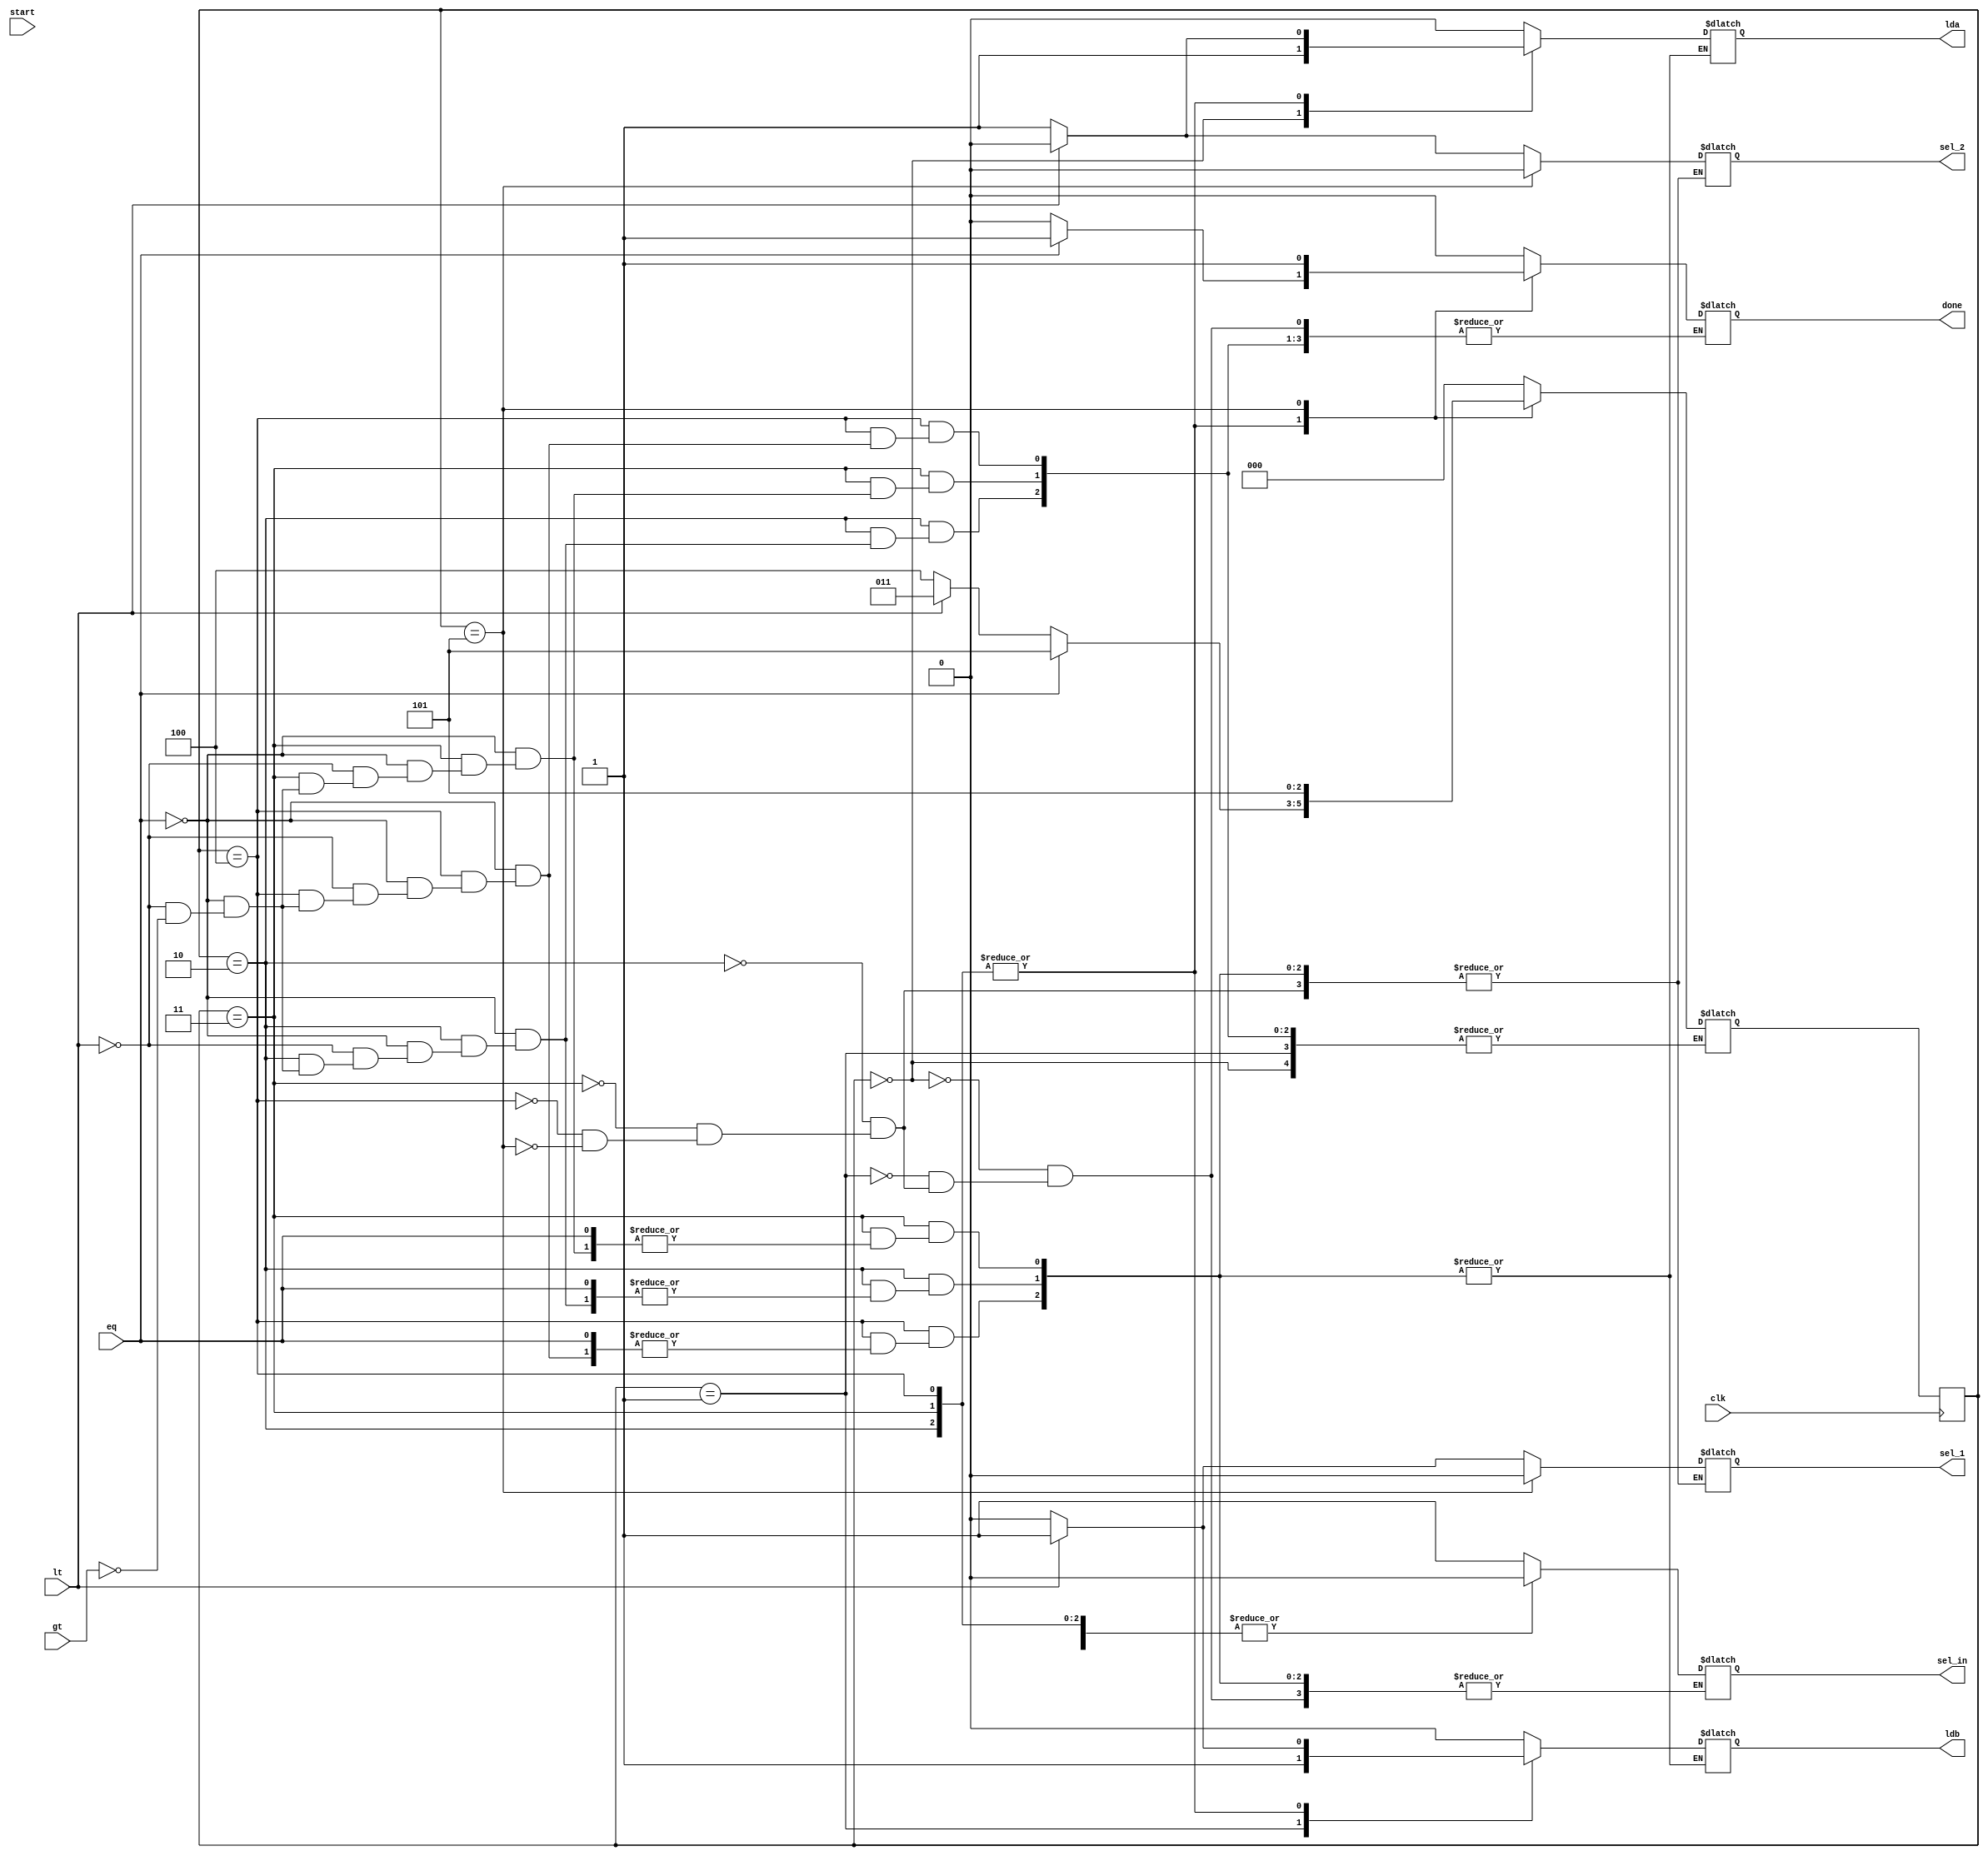
`timescale 10ns/1ns
module controller (lda, ldb, sel_1,sel_2, sel_in, done, clk, gt, lt, eq, start);

input clk, gt, lt, eq, start;
output reg lda, ldb, sel_1, sel_2, sel_in, done;
reg [2:0] state, next_state;
parameter S0 = 3'b000, S1 = 3'b001, S2 = 3'b010, S3 = 3'b011, S4 = 3'b100, S5 = 3'b101;

always @(posedge clk)
begin
  state <= next_state ;
end
always @(state)
begin 
case (state)
S0 : begin sel_in = 1; lda = 1; ldb = 0; done = 0; end

S1 : begin sel_in = 1; lda = 0; ldb = 1; done = 0; end

S2 : if (eq) begin done = 1; next_state = S5 ; end
     else if (lt) begin sel_1 = 1; sel_2 = 0; sel_in = 0; done = 0; next_state = S3 ; 
     #1 lda = 0; ldb = 1; end 
     else if (gt) begin sel_1 = 0; sel_2 = 1; sel_in = 0; done = 0; next_state = S4 ;
        #1 lda = 1; ldb = 0; end
        
S3 : if (eq) begin done = 1; next_state = S5 ; end
     else if (lt) begin sel_1 = 1; sel_2 = 0; sel_in = 0; done = 0; next_state = S3 ; 
     #1 lda = 0; ldb = 1; end 
     else if (gt) begin sel_1 = 0; sel_2 = 1; sel_in = 0; done = 0; next_state = S4 ;
        #1 lda = 1; ldb = 0; end

S4 : if (eq) begin done = 1; next_state = S5 ; end
     else if (lt) begin sel_1 = 1; sel_2 = 0; sel_in = 0; done = 0; next_state = S3 ; 
     #1 lda = 0; ldb = 1; end 
     else if (gt) begin sel_1 = 0; sel_2 = 1; sel_in = 0; done = 0; next_state = S4 ;
        #1 lda = 1; ldb = 0; end     

S5 : begin sel_in = 0; lda = 0; ldb = 0; done = 1; sel_1 = 0; sel_2 = 0; next_state = S5; end 

default : begin lda = 0; ldb = 0; next_state = S0; end

endcase
end
endmodule